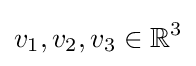
v_{1},v_{2},v_{3}\in \mathbb {R} ^{3}